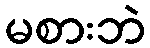
မစားဘဲ